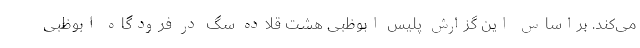
می‌کند. براساس این گزارش پلیس ابوظبی هشت قلاده سگ در فرودگاه ابوظبی